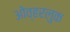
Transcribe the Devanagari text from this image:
ओव्हरलुक